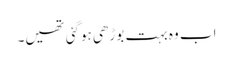
اب وہ بہت بوڑھی ہوگئی تھیں۔